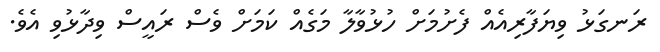
ރަނގަޅު ވިޔަފާރިއެއް ފެށުމަށް ހުޅުވާލާ މަގެއް ކަމަށް ވެސް ރައީސް ވިދާޅުވި އެވެ.